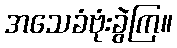
အသေခံဗုံးခွဲကြ။